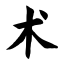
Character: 术